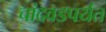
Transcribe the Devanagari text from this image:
चांदवडपर्यंत